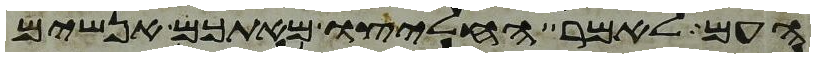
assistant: העם לאמר החליצו מאתכם אנשים